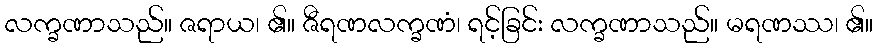
လက္ခဏာသည်။ ဇရာယ၊ ၏။ ဇီရဏလက္ခဏံ၊ ရင့်ခြင်း လက္ခဏာသည်။ မရဏဿ၊ ၏။